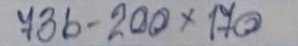
736 - 200 x 170